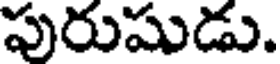
పురుషుడు.